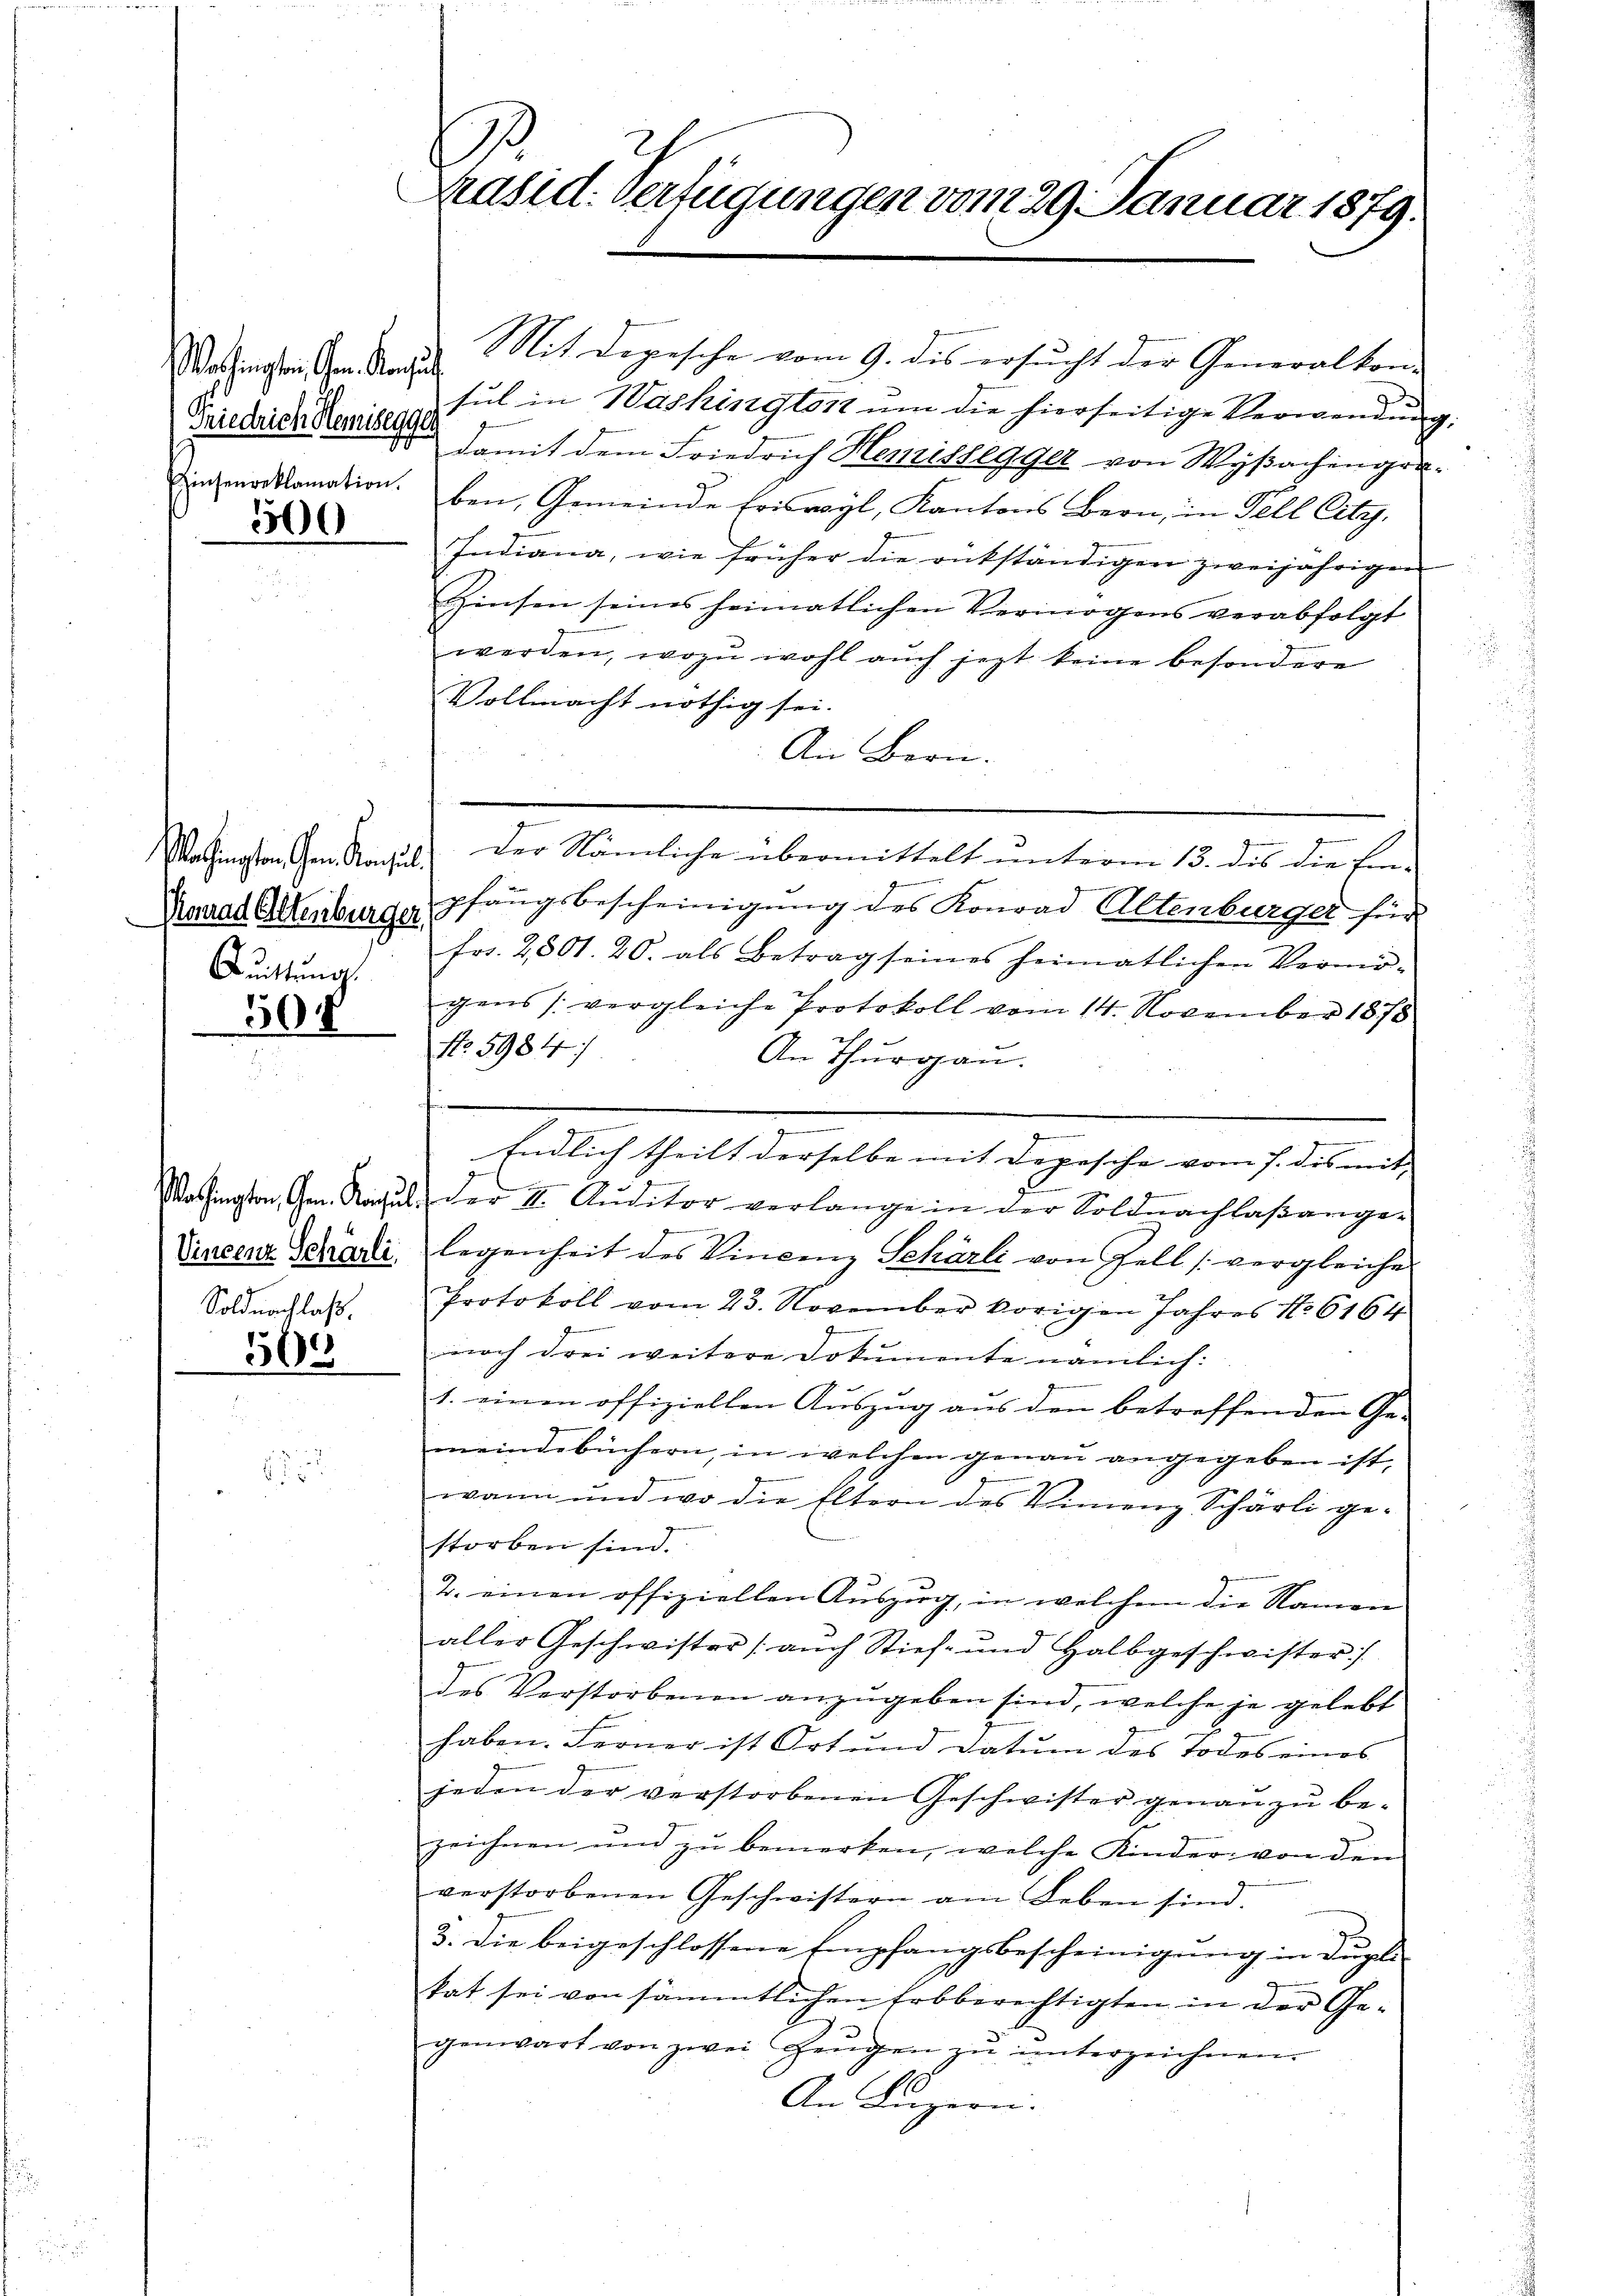
echingten Gem. Kons
Friedrich Hemisegger
Einsenreklamation.

300

Quittung

307

Soldnachlaß.

508

Präsid. Verfügungen vom 29. Januar 1879.

Mit Depesche vom 9. des ersucht der Generalkon-
sul in Washingtost ŭm die hierseitige Verwendung
damit dem Friedrich Hemissegger von Wyßachengraben, Gemeinde friswyl, Kantons Bern, in Fell City,
Indiana, wie früher die rückständigen zweijährigen
Zinsen seines heimatlichen Vermögens verabfolgt
werden, wozu wohl auch jezt keine besondere
Vollmacht nöthig sei.
An Bern.
Washingten den Nachsel der Nämliche übermittelt ŭnterm 13. des die Ein-
Kanal Altenburger Pfangsbescheinigung des Konrad Altenburger für
fr. 2801. 20. als Betrag seines heimatlichen Vermö-
gens (vergleiche Protokoll vom 14. November 1878
No. 5984
An Thurgau.
Endlich theilt derselbe mit Depesche vom 7. des mit
9
Washington, Gen. Nagel, der II. Auditor verlange in der Soldnachlaßange-
Vincenz Schade, legenheit des Vincenz Scharli von Zell (vergleiche
Protokoll vom 23. November vorigen Jahres No 6164
noch drei weitere Dokumente nämlich:
1. einen offiziellen Auszug aus den betreffenden Ge-
meindebüchern, in welchen genau angegeben ist.
wann und wo die Eltern des Vinenz Schärli ge-
storben sind.
2. einen offiziellen Auszug, in welchem die Namen
aller Geschwister /: aŭch Stief- und Halbgeschwister
des Verstorbenen anzŭgeben sind, welche je gelebt
haben. Ferner ist Ort und Datum des Todes eines
jeden der verstorbenen Geschwister genaŭ zŭ be-
zeichnen und zu bemerken, welche Kinder von den
verstorbenen Geschwistern am Leben sind.
3. die beigeschlossene Empfangsbescheinigung in Dupli
kat sei von sämmtlichen Erbberechtigten in der Ge-
genwart von zwei Zeŭgen zŭ ŭnterzeichnen.
An Luzern.

.